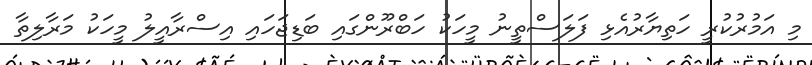
މި އަމުރުކުރީ ހަތިޔާރުއެޅި ފަލަސްތީނު މީހަކު ހަބްރޫންގައި ބަޑިޖަހައި އިސްރާއީލު މީހަކު މަރާލިތާ